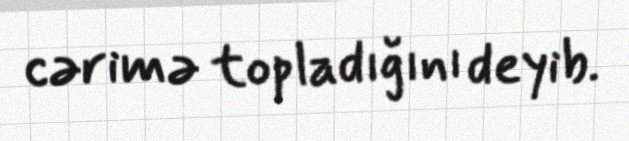
cərimə topladığını deyib.